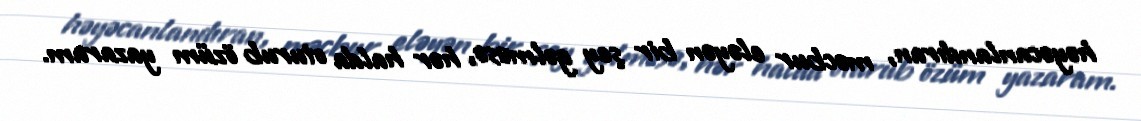
həyəcanlandıran, məcbur eləyən bir şey gəlməsə, hər halda oturub özüm yazaram.